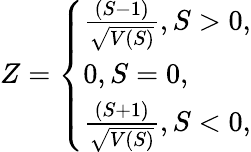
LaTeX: Z=\left\{ \begin{array}{ll}{\frac{(S-1)}{\sqrt{V(S)}},S>0,}\\ {0,S=0,}\\ {\frac{(S+1)}{\sqrt{V(S)}},S<0,}\end{array}\right.